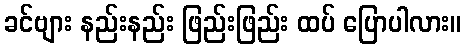
ခင်ဗျား နည်းနည်း ဖြည်းဖြည်း ထပ် ပြောပါလား။